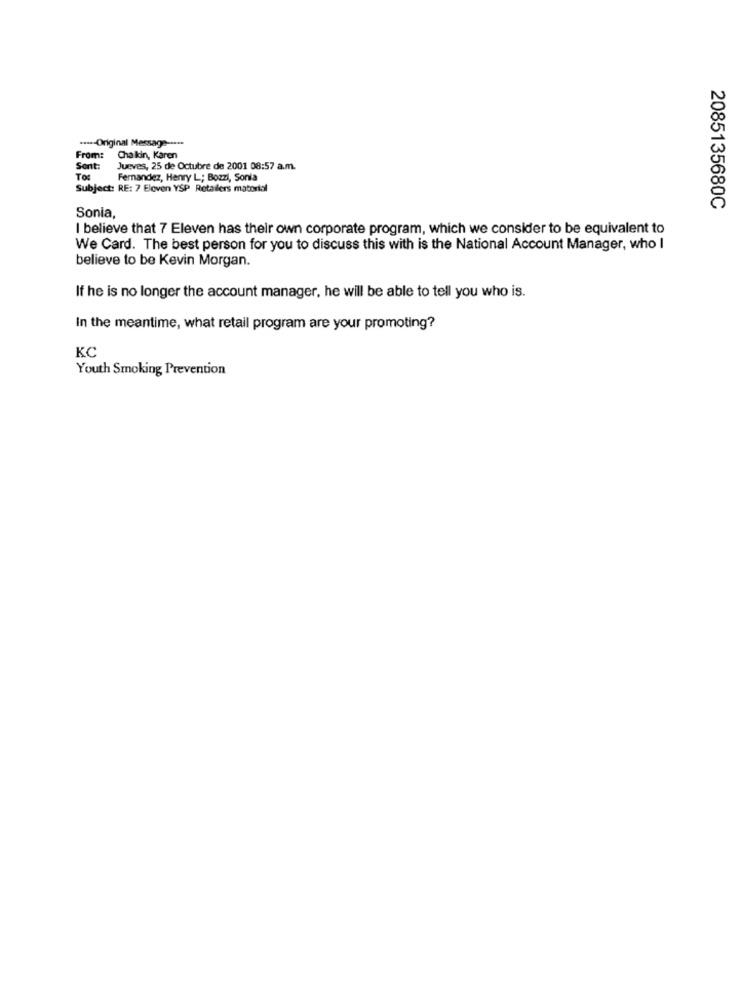
.***- Original Message -....
From:
Cha kin, Karen
Sent:
Jueves, 25 de Octubre de 2001 08:57 a.m.
Tos
Fernandez, Henry L; Bozzi, Sonia
Subject: RE: 7 Eloven YSP Retailers material
Sonia,
2085135680C
I believe that 7 Eleven has their own corporate program, which we consider to be equivalent to
We Card. The best person for you to discuss this with is the National Account Manager, who I
believe to be Kevin Morgan.
If he is no longer the account manager, he will be able to tell you who is.
In the meantime, what retail program are your promoting?
KC
Youth Smoking Prevention